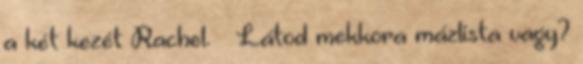
a két kezét Rachel. – Látod mekkora mázlista vagy?